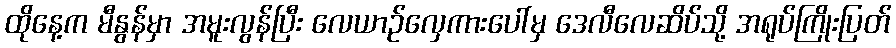
ထိုနေ့က မီနွန်မှာ အမူးလွန်ပြီး လေယာဉ်လှေကားပေါ်မှ ဒေလီလေဆိပ်သို့ အရုပ်ကြိုးပြတ်